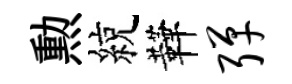
勲綂鞾弹